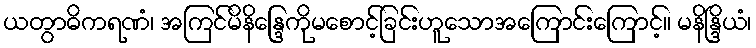
ယတွာဓိကရဏံ၊ အကြင်မိနိန္ဒြေကိုမစောင့်ခြင်းဟူသောအကြောင်းကြောင့်။ မနိန္ဒြိယံ၊